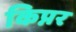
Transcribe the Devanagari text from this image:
किप्नर